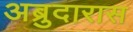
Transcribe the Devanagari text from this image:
अब्रुदारास